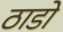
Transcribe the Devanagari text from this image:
ठाडो